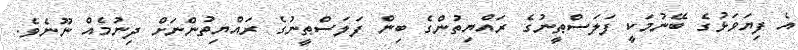
އެ ފިޔަވަޅުގެ ބޭނުމަކީ ފަލަސްޠީނުގެ ރައްޔިތުންގެ ބިން ފަލަސްޠީނުގެ ރައްޔިތުންނަށް ދިނުމެއް ނޫނެވެ.